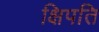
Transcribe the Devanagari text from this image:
क्षिपति